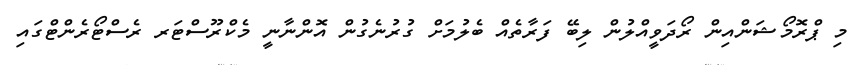
މި ޕްރޮމޯޝަންއިން ރޯދަވީއްލުން ލިބޭ ފަރާތެއް ބެލުމަށް ގުރުނެގުން އޮންނާނީ މެކްރޫސްޓަރ ރެސްޓޯރެންޓްގައި